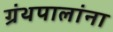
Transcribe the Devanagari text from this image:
ग्रंथपालांना